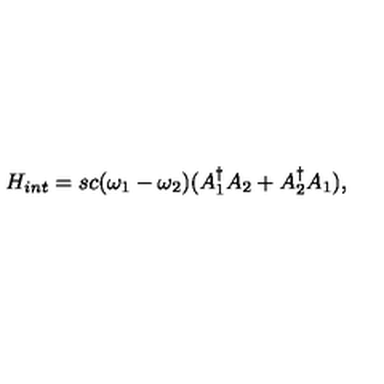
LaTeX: H _ { i n t } = s c ( \omega _ { 1 } - \omega _ { 2 } ) ( A _ { 1 } ^ { \dag } A _ { 2 } + A _ { 2 } ^ { \dag } A _ { 1 } ) ,